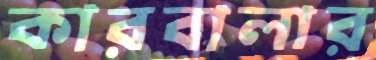
কারবালার